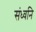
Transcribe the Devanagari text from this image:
संध्वनि